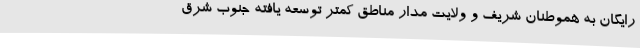
رایگان به هموطنان شریف و ولایت مدار مناطق کمتر توسعه یافته جنوب شرق